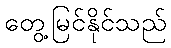
တွေ့မြင်နိုင်သည်